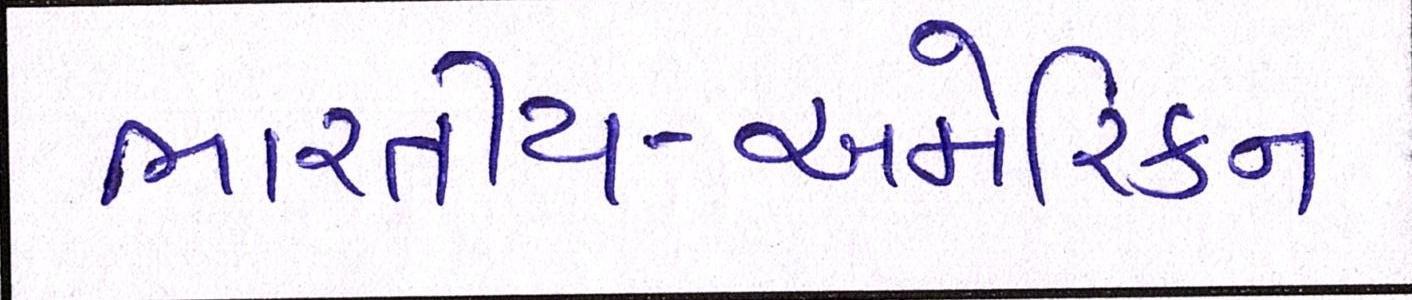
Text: ભારતીય-અમેરિકન